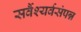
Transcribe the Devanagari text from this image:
सर्वैश्यर्वसंपन्न